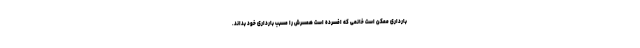
بارداری ممکن است خانمی که افسرده است همسرش را مسبب بارداری خود بداند.